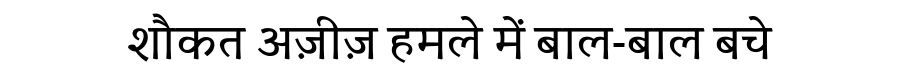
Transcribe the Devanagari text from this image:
शौकत अज़ीज़ हमले में बाल-बाल बचे